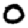
Digit: 0